Scottish Certificate of Education, 1962
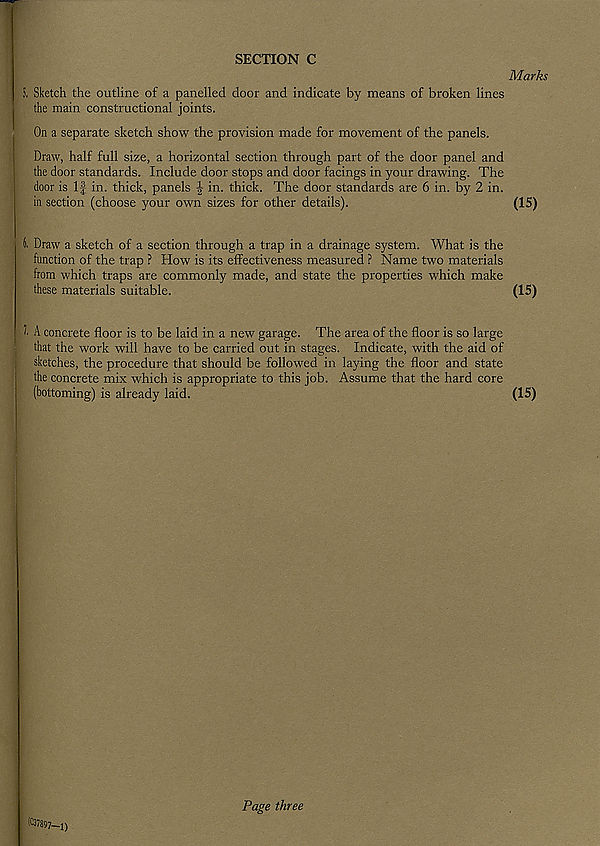
SECTION C
5. Sketch the outline of a panelled door and indicate by means of broken lines
the main constructional joints.
On a separate sketch show the provision made for movement of the panels.
Draw, half full size, a horizontal section through part of the door panel and
the door standards. Include door stops and door facings in your drawing. The
door is If in. thick, panels | in. thick. The door standards are 6 in. by 2 in.
in section (choose your own sizes for other details).
H Draw a sketch of a section through a trap in a drainage system. What is the
function of the trap ? How is its effectiveness measured ? Name two materials
from which traps are commonly made, and state the properties which make
these materials suitable.
I A concrete floor is to be laid in a new garage. The area of the floor is so large
that the work will have to be carried out in stages. Indicate, with the aid of
sketches, the procedure that should be followed in laying the floor and state
the concrete mix which is appropriate to this job. Assume that the hard core
(bottoming) is already laid.
( c 37897—d
Page three
Marks
(15)
(15)
(15)